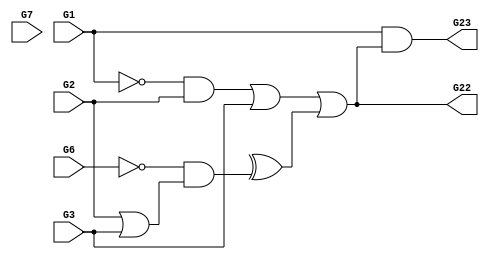
module assign_test (
    G1, G2, G3, G6, G7,
    G22, G23  );
  input  G1, G2, G3, G6, G7;
  output G22, G23;
  assign G22 = (~G1 & G2) | G3 | (G4 ^ ~G6 & (G2 | G3));
  assign G23 = G1 & G22;
endmodule